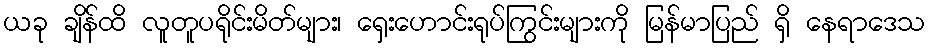
ယခု ချိန်ထိ လူတူပရိုင်းမိတ်များ၊ ရှေးဟောင်းရုပ်ကြွင်းများကို မြန်မာပြည် ရှိ နေရာဒေသ